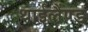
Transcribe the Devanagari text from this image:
थाईलैंण्ड